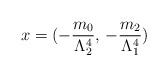
LaTeX: \begin{align*}x=(-\frac{m_{0}}{\Lambda _{2}^{4}},\, -\frac{m_{2}}{\Lambda _{1}^{4}})\end{align*}